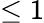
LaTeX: \leq 1